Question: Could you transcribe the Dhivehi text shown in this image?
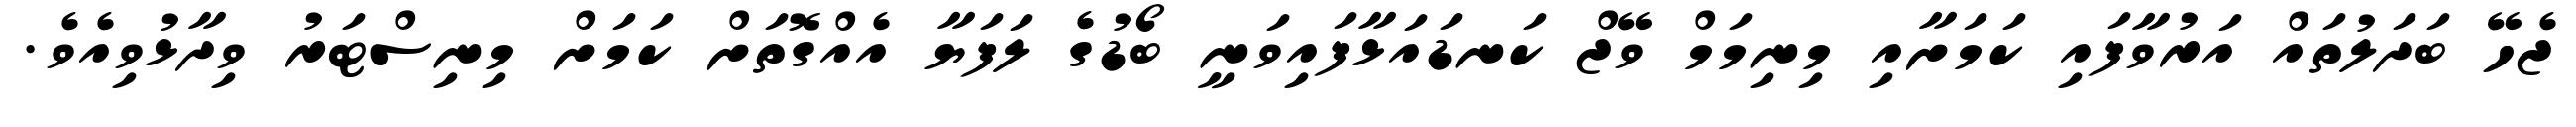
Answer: ޖެހޭ ބަދަލުތައް އަރުވާފައި ކަމަށާއި މިނިމަމް ވޭޖް ކަނޑައަޅާފައިވަނީ ބޯޑުގެ ލަފަޔާ އެއްގޮތަށް ކަމަށް މިނިސްޓަރު ވިދާޅުވިއެވެ.